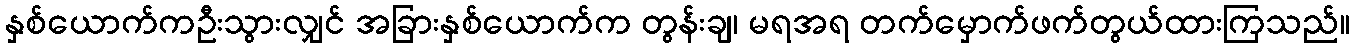
နှစ်ယောက်ကဦးသွားလျှင် အခြားနှစ်ယောက်က တွန်းချ၊ မရအရ တက်မှောက်ဖက်တွယ်ထားကြသည်။